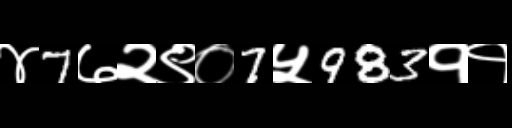
Text: ४7७२९०7५983११